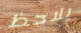
يلاحظ